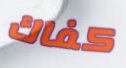
كفاك